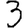
Digit: 3